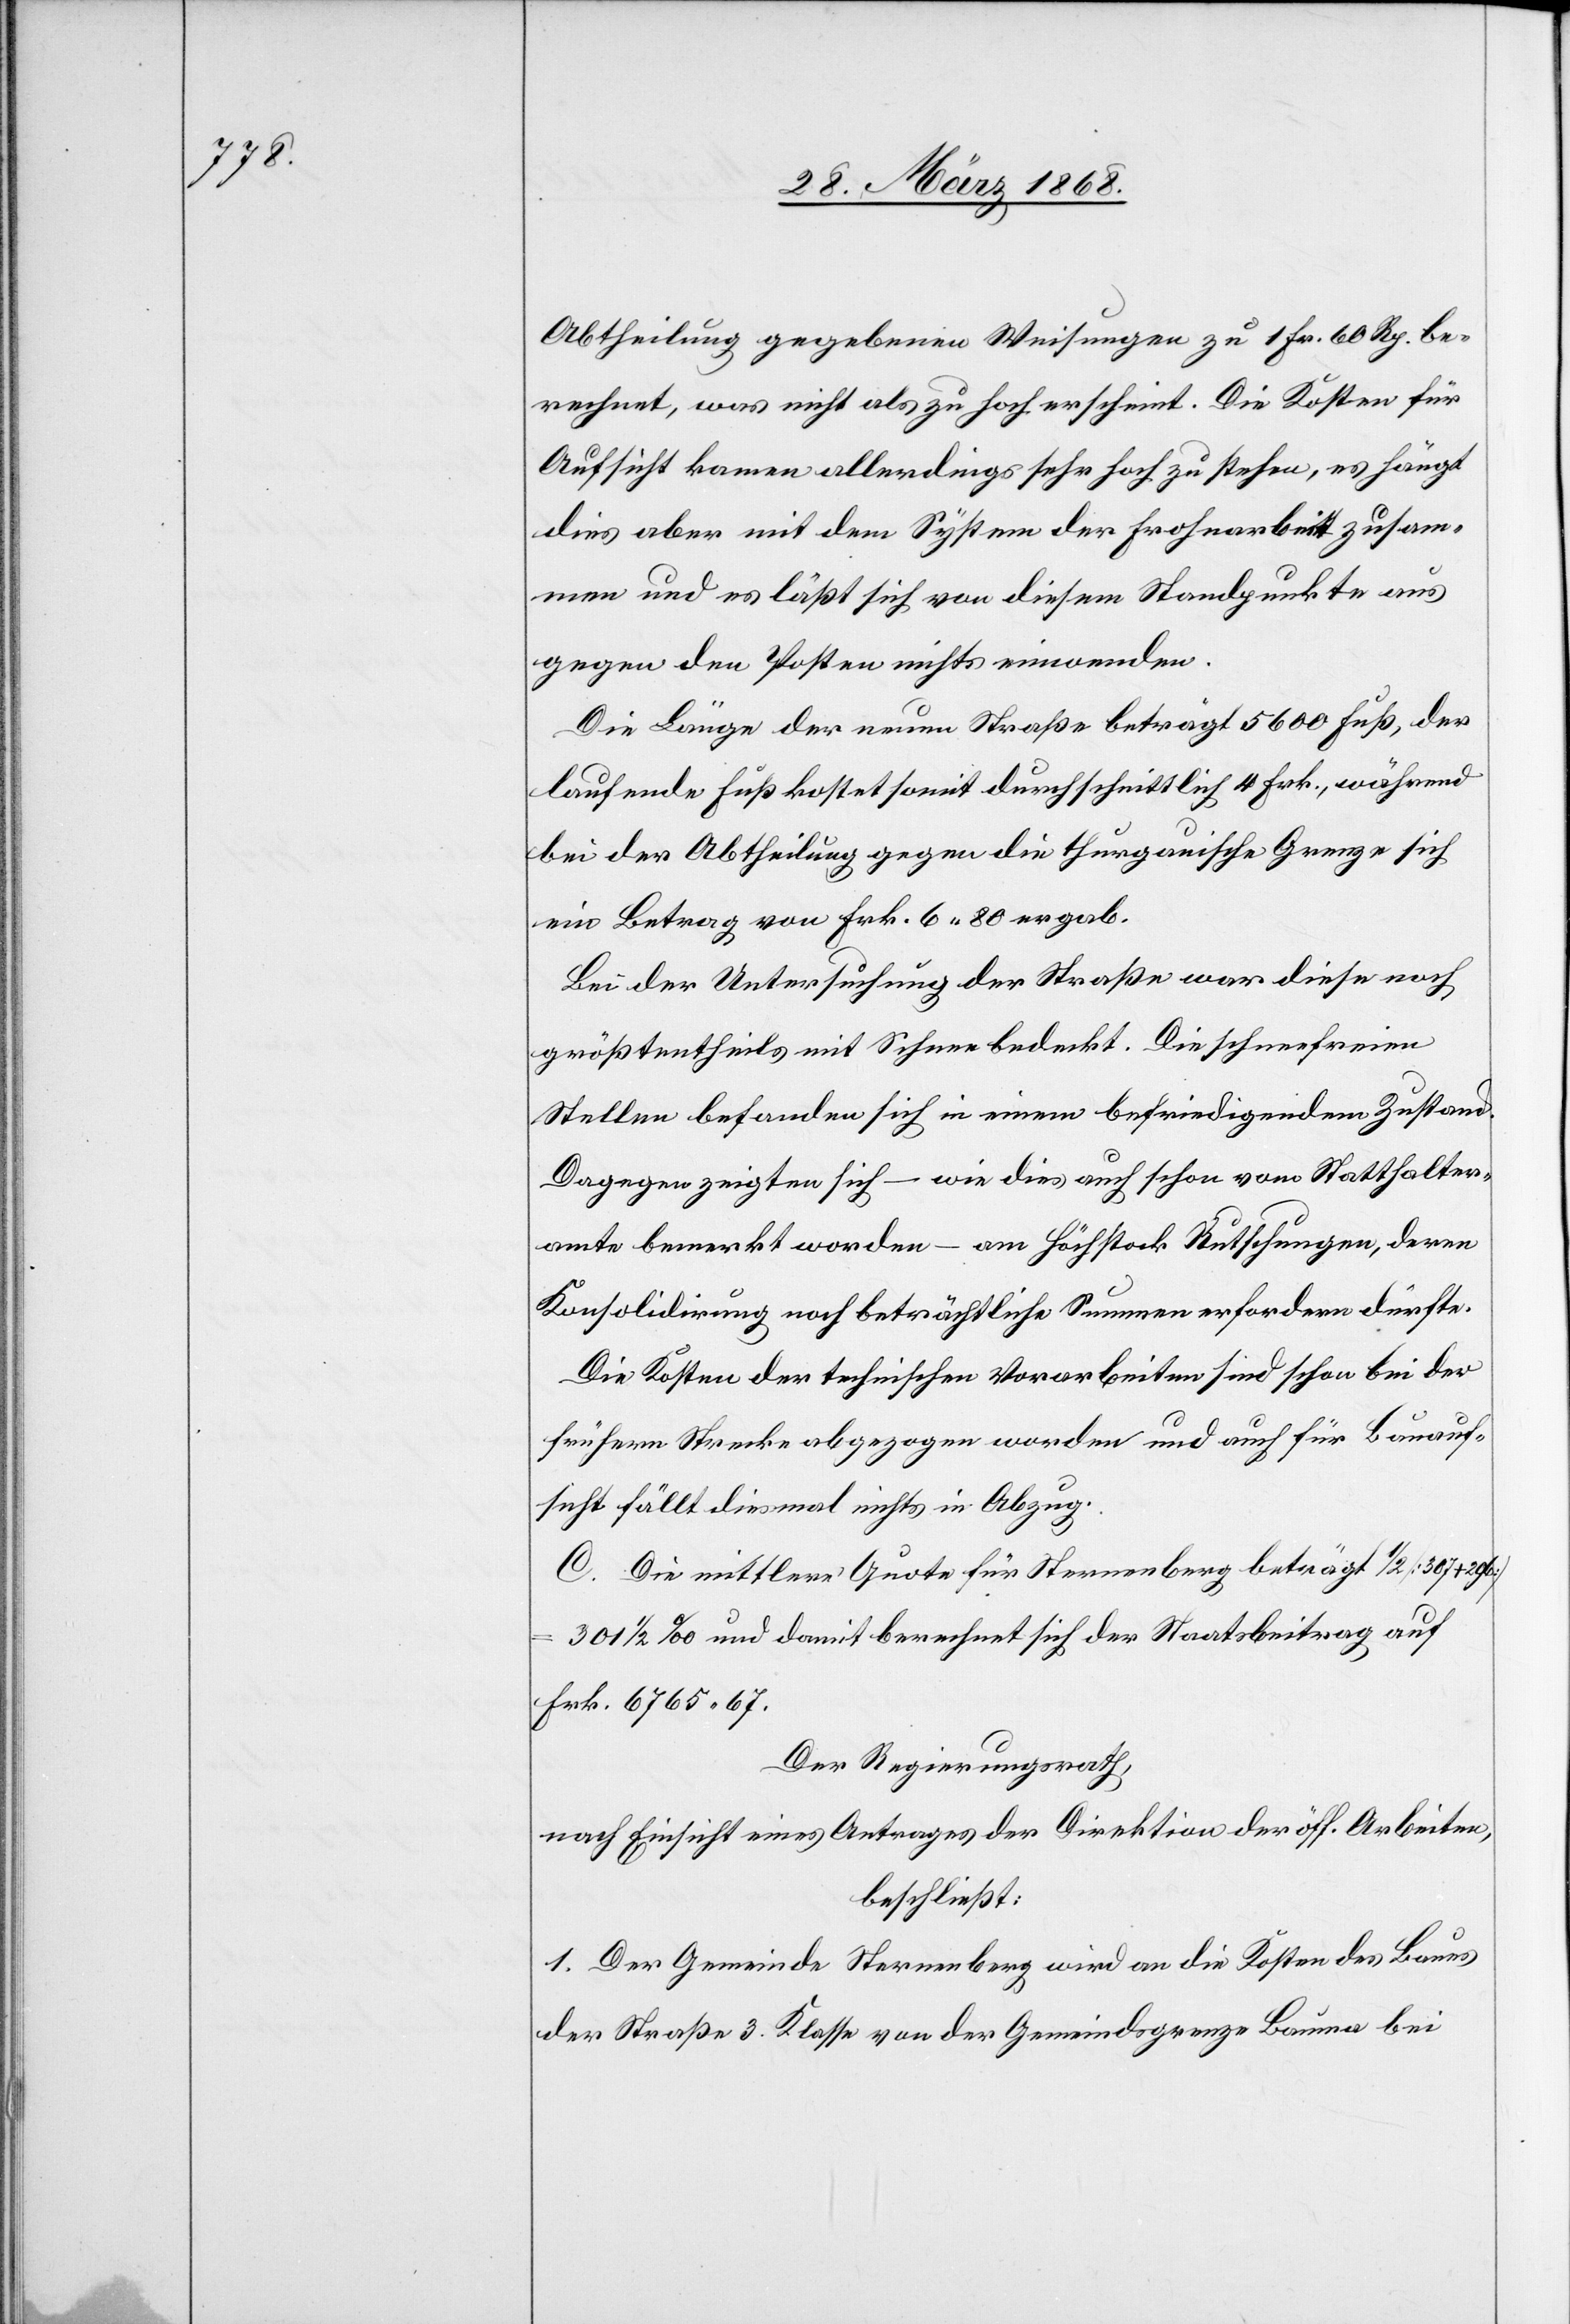
Abtheilung gegebenen Weisungen zu 1 Fr. 60 Rp. be¬
rechnet, was nicht als zu hoch erscheint. Die Kosten für
Aufsicht kamen allerdings sehr hoch zu stehen, es hängt
dies aber mit dem System der Frohnarbeit zusam¬
men und es läßt sich von diesem Standpunkte aus
gegen den Posten nichts einwenden.
Die Länge der neuen Straße beträgt 5600 Fuß, der
laufende Fuß kostet somit durchschnittlich 4 Frk., während
bei der Abtheilung gegen die thurgauische Grenze sich
ein Betrag von Frk. 6. 80 ergab.
Bei der Untersuchung der Straße war diese noch
größtentheils mit Schnee bedeckt. Die schneefreien
Stellen befanden sich in einem befriedigendem [sic!]
Dagegen zeigten sich – wie dies auch schon vom Statthalter¬
amte bemerkt worden – am Höchstock Rutschungen, deren
Konsolidirung noch beträchtliche Summen erfordern dürfte.
Die Kosten der technischen Vorarbeiten sind schon bei der
frühern Strecke abgezogen worden und auch für Bauauf¬
sicht fällt diesmal nichts in Abzug.
C. Die mittlere Quote für Sternenberg beträgt 1/2 [307 +
301 1/2 ‰ und damit berechnet sich der Staatsbeitrag auf
Frk. 6765. 67.
Der Regierungsrath,
nach Einsicht eines Antrages der Direktion der öff. Arbeiten,
beschließt:
1. Der Gemeinde Sternenberg wird an die Kosten des Baues
der Straße 3. Klasse von der Gemeindsgrenze Bauma bei